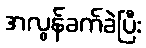
အလွန်ခက်ခဲပြီး